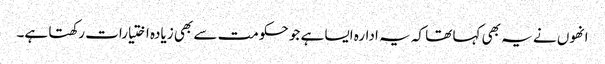
انھوں نے یہ بھی کہا تھا کہ یہ ادارہ ایسا ہے جو حکومت سے بھی زیادہ اختیارات رکھتا ہے۔